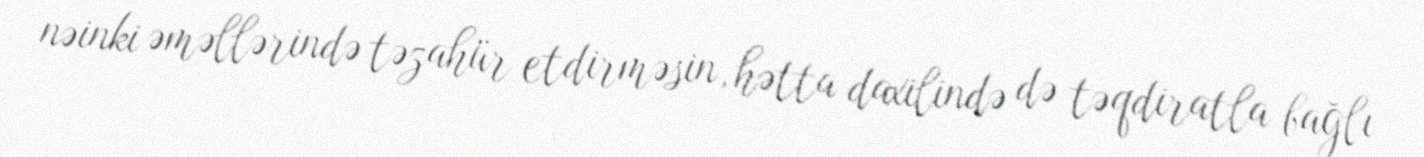
nəinki əməllərində təzahür etdirməsin, hətta daxilində də təqdiratla bağlı